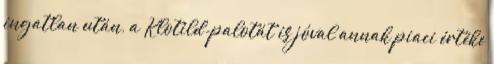
ingatlan után, a Klotild-palotát is jóval annak piaci értéke